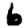
Digit: 6